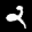
Label: 2